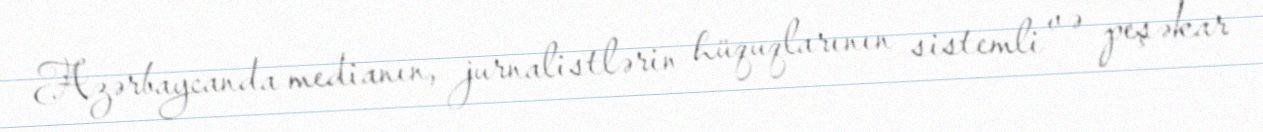
Azərbaycanda medianın, jurnalistlərin hüquqlarının sistemli və peşəkar